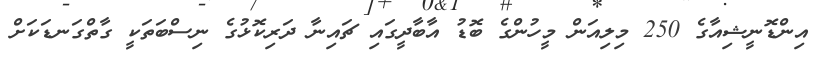
އިންޑޮނީޝިއާގެ 250 މިލިއަން މީހުންގެ ބޮޑު އާބާދީގައި ޗައިނާ ދަރިކޮޅުގެ ނިސްބަތަކީ ގާތްގަނޑަކަށް